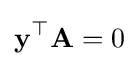
\mathbf {y} ^{\top }\mathbf {A} =0